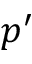
p ^ { \prime }